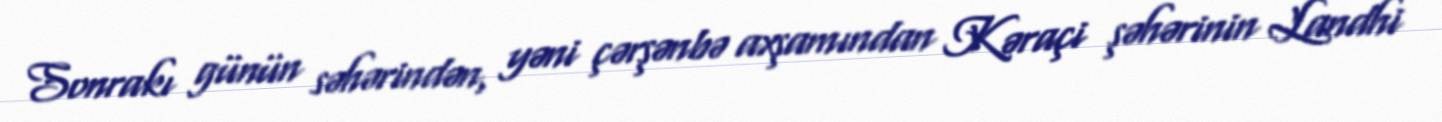
Sonrakı günün səhərindən, yəni çərşənbə axşamından Kəraçi şəhərinin Landhi